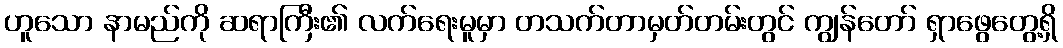
ဟူသော နာမည်ကို ဆရာကြီး၏ လက်ရေးမူမှာ တသက်တာမှတ်တမ်းတွင် ကျွန်တော် ရှာဖွေတွေ့ရှိ